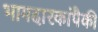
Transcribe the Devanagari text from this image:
भागदारकांपैकी